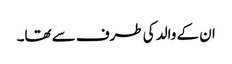
ان کے والد کی طرف سے تھا۔